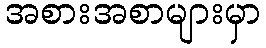
အစားအစာများမှာ